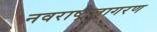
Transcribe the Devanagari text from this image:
नवराष्ट्रजागरण